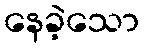
နေခဲ့သော